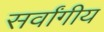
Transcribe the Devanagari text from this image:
सर्वांगीय